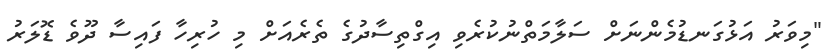
"މިވަރު އަޅުގަނޑުމެންނަށް ސަލާމަތްނުކުރެވި އިގްތިސާދުގެ ތެރެއަށް މި ހުރިހާ ފައިސާ ދޫވެ ޑޮލަރު